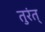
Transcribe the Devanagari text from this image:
तुरंत्